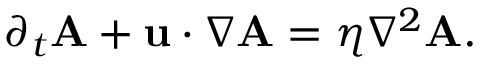
\begin{array} { r } { \partial _ { t } \mathbf { A } + \mathbf { u } \cdot \nabla \mathbf { A } = \eta \nabla ^ { 2 } \mathbf { A } . } \end{array}